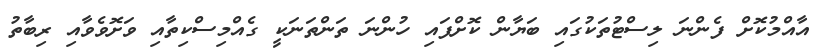
އާއްމުކޮށް ފެންނަ ލިސްޓުތަކުގައި ބަޔާން ކޮށްފައި ހުންނަ ތަންތަނަކީ ގެއްމިސްކިތާއި ވަށޮވެވާއި ރިބާތު